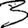
Digit: 3